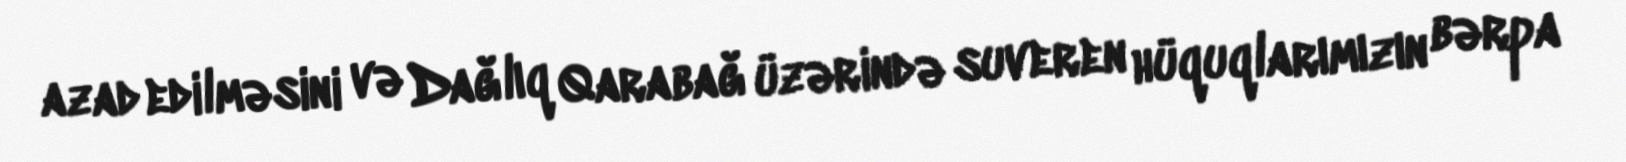
azad edilməsini və Dağlıq Qarabağ üzərində suveren hüquqlarımızın bərpa